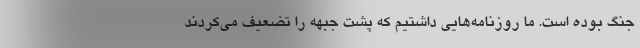
جنگ بوده است. ما روزنامه‌هایی داشتیم که پشت جبهه را تضعیف می‌کردند